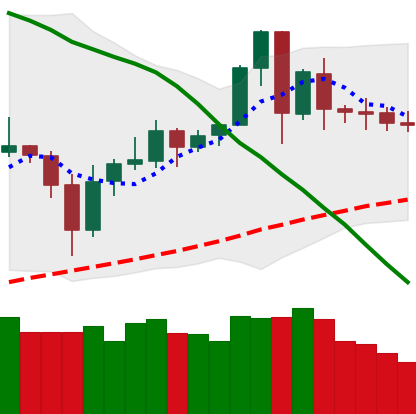
Ticker: ETC-USD
Chart end date: 2020-06-06
Forward return: -8.246%
Label: down_7plus